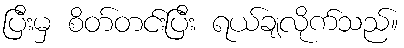
ပြီးမှ စိတ်တင်းပြီး ရယ်ချလိုက်သည်။